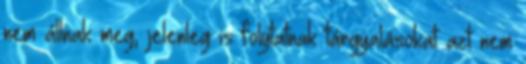
nem állnak meg, jelenleg is folytatnak tárgyalásokat azt nem